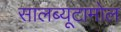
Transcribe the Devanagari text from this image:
सालब्यूटामोल